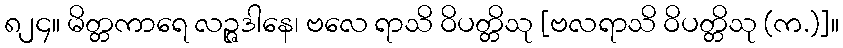
၈၂၄။ မိတ္တကာရေ လဉ္ဇဒါနေ၊ ဗလေ ရာသိ ဝိပတ္တိသု [ဗလရာသိ ဝိပတ္တိသု (က.)]။